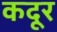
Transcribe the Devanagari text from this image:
कदूर